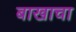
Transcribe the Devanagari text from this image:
बाखाचा